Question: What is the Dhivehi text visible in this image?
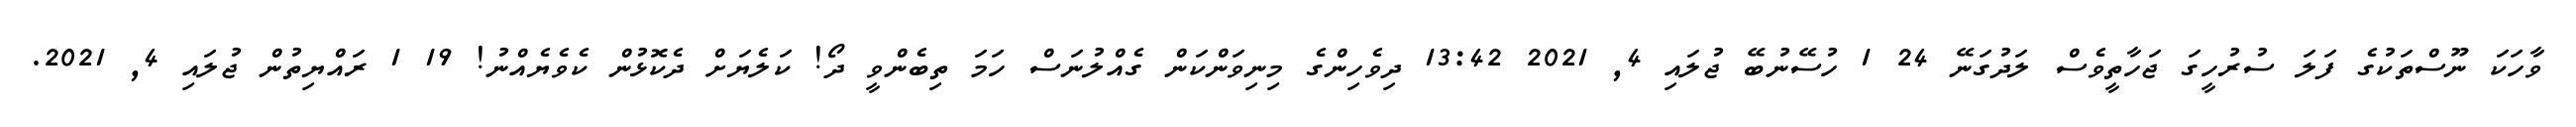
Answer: ވާހަކަ ނޫސްތަކުގެ ފަލަ ސުރުހީގަ ޖަހާތީވެސް ލަދުގަނޭ 24 1 ހުސޭނުބޭ ޖުލައި 4, 2021 13:42 ދިވެހިންގެ މިނިވަންކަން ގެއްލުނަސް ހަމަ ތިބެންވީ ދޯ! ކަލެޔަށް ދެކޮޅުން ކެވެޔެއްނު! 19 1 ރައްޔިތުން ޖުލައި 4, 2021.